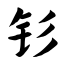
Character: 钐